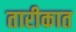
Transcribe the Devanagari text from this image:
तारीकात